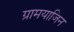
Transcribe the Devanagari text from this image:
ग्रामयाजिन